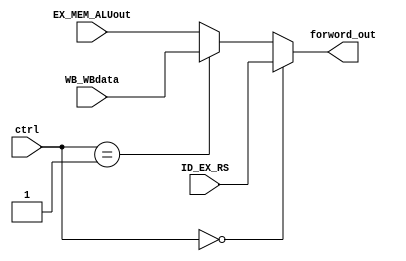
module MUX_Forwarding(
    input [31 : 0] ID_EX_RS, EX_MEM_ALUout, WB_WBdata,
    input [1 : 0]  ctrl,
    output [31 : 0] forword_out
);

assign forword_out = (ctrl == 2'b00)? ID_EX_RS :
                     (ctrl == 2'b01)? WB_WBdata : EX_MEM_ALUout;

endmodule